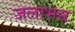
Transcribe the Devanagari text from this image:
जलाभद्य